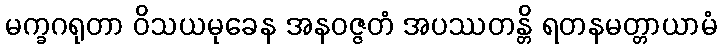
မက္ခဂရုတာ ဝိသယမုခေန အနဝဇ္ဇတံ အပဿတန္တိ ရတနမတ္တာယာမံ